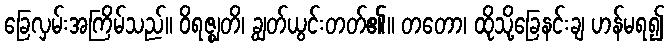
ခြေလှမ်းအကြိမ်သည်။ ဝိရဇ္ဈတိ၊ ချွတ်ယွင်းတတ်၏။ တတော၊ ထိုသို့ခြေနင်းချ ဟန်မရ၍